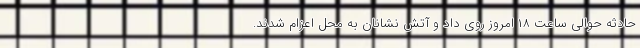
حادثه حوالی ساعت ١٨ امروز روی داد و آتش نشانان به محل اعزام شدند.